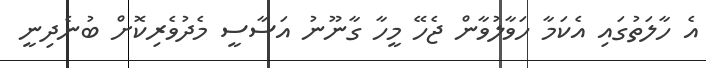
އެ ހާލަތުގައި އެކަމާ ހަވާލުވާން ޖެހޭ މީހާ ގާނޫނު އަސާސީ މެދުވެރިކޮށް ބުނެދިނީ